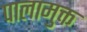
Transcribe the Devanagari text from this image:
पालामुक्त